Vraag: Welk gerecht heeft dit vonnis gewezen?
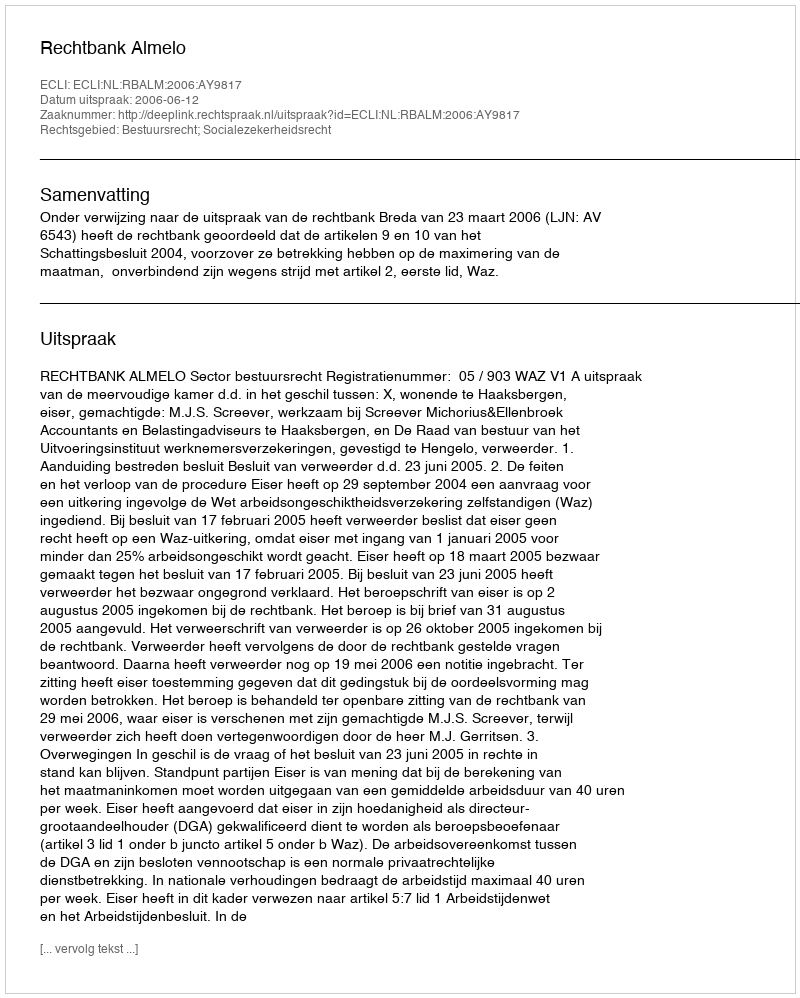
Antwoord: Rechtbank Almelo